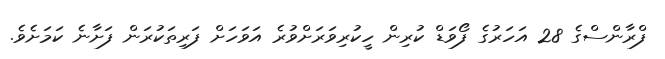
ފްރާންސްގެ 28 އަހަރުގެ ފޯވަޑް ކުރިން ހީކުރިވަރަށްވުރެ އަވަހަށް ފަރިތަކުރަން ފަށާނެ ކަމަށެވެ.